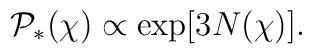
{\cal P}_*(\chi) \propto \exp[3N(\chi)].